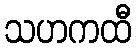
သဟကထီ